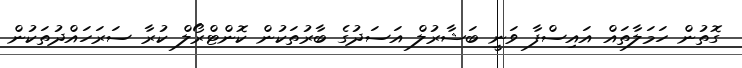
ގޮތުން ހަމަލާތައް އައިސްފާ ވަނީ ބަޝާރުލް އަސަދުގެ ބާރުތަކުން ކޮންޓްރޯލް ކުރާ ސަރަހައްދުތަކުން